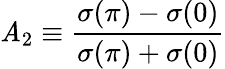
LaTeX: \mathit{A}_{2}\equiv{\frac{{\sigma(\pi)-\sigma(0)}}{{\sigma(\pi)+\sigma(0)}}}